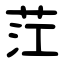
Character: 茳